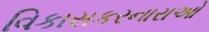
વિકાસકરનારાઓ